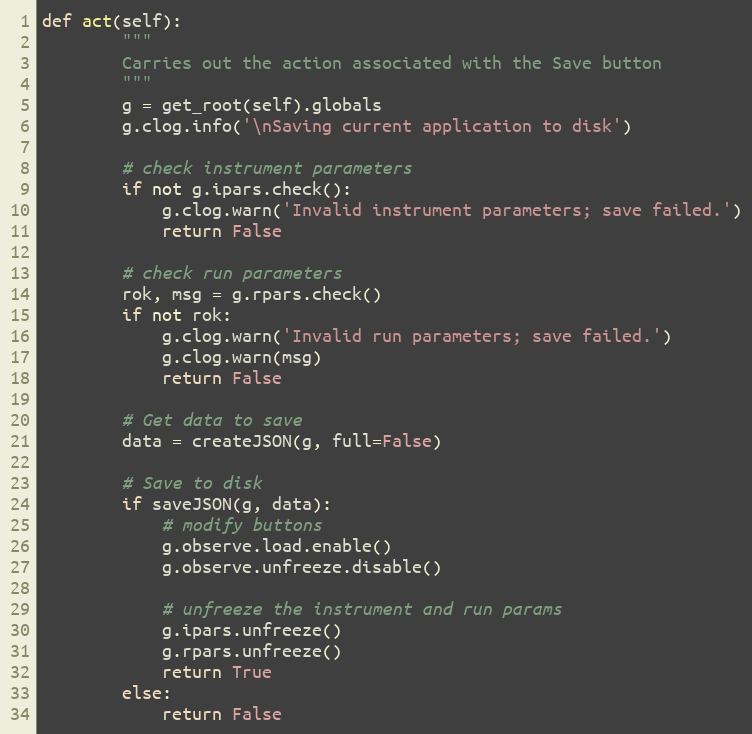
Language: Python
def act(self):
        """
        Carries out the action associated with the Save button
        """
        g = get_root(self).globals
        g.clog.info('\nSaving current application to disk')

        # check instrument parameters
        if not g.ipars.check():
            g.clog.warn('Invalid instrument parameters; save failed.')
            return False

        # check run parameters
        rok, msg = g.rpars.check()
        if not rok:
            g.clog.warn('Invalid run parameters; save failed.')
            g.clog.warn(msg)
            return False

        # Get data to save
        data = createJSON(g, full=False)

        # Save to disk
        if saveJSON(g, data):
            # modify buttons
            g.observe.load.enable()
            g.observe.unfreeze.disable()

            # unfreeze the instrument and run params
            g.ipars.unfreeze()
            g.rpars.unfreeze()
            return True
        else:
            return False